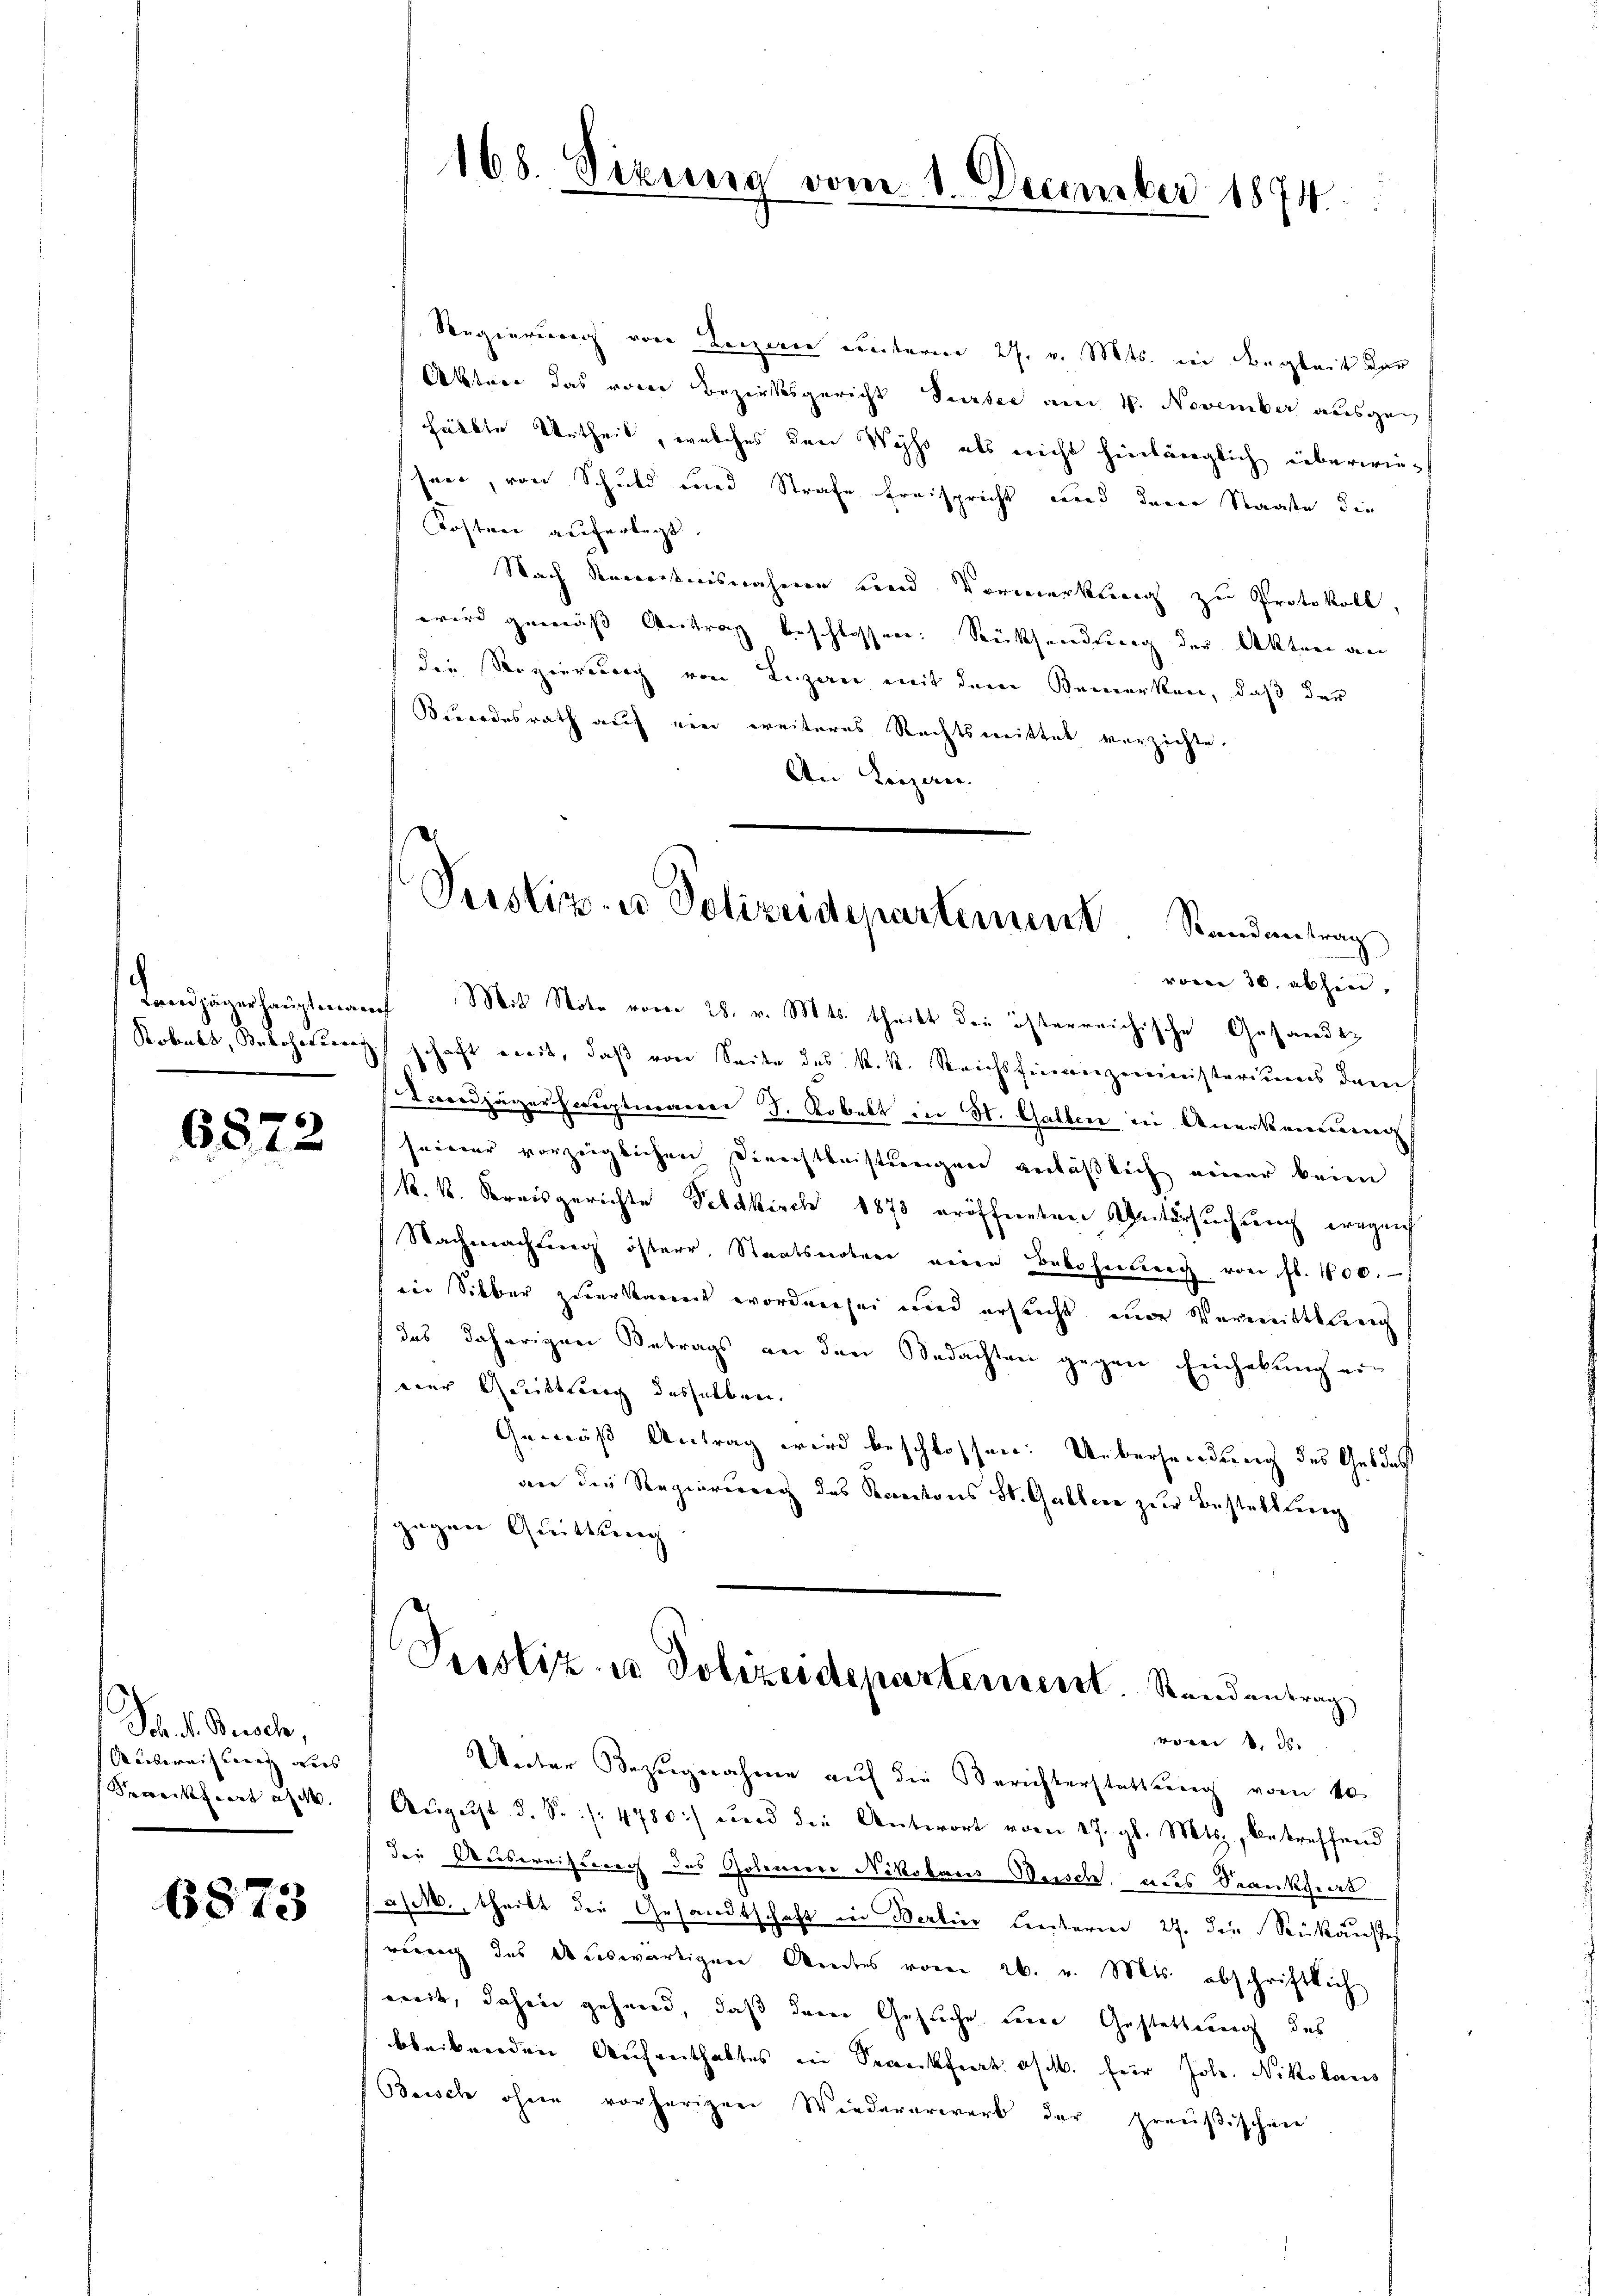
6872

Sch. d. Besche,
Ausweisung aus
Krankfurt a M.

6873

Regierung von Luzern unterm 27. v. Mts. in Begleit der
Aktner das vorer Bezirksgericht Sursee am 4. November ausgehälbte Urtheil, welches den Wechs als nicht hinlänglich überwieheer, von Schuld und Strafe Freispricht wird denen Staate die
Kosten auferlegt
Nach Secreckterisnähmen und Vormerkung zu Protokoll,
wird gemäß Antrag beschlossen: Rücksendung der Akten an
die Regierung von Luzern mit dem Bemerken, daß der
Bundesrath auf ein weiteres Rechtsmittel verzichte.
An Lizan.
vom 30. abhin,
Landjägerhauptmanch Mit Note vom 28. v. Mts. theilt die österreichische Gesandt¬
Robels, Belohnung schaft weit, daß von Seite des k.k. Reichsfinanzministeriums dem
Landjägerhauptmanni J. Kobelt in St. Gallen in Anerkennung
seiner vorzeiglichen Direchtleistungen geräßlich einer kein
k. k. Kreisgerichte Feldkisch 1873 eröffneten Untersuchung ergeich
Nachmachung österr. Staatsnotuer eine Belohnung von fl. 400.
in Silber zuerkannt worden sei und ersucht mir Vermittlung
das daherigen Betrags an den Bedachten gegen Einhebung ein
eier Quittung desselben.
Gemäß Antrag wird beschlossen: Uebersendung des Geldes
an die Regierung des Kantons St. Gallen zur Bestellung
gegen Quittung
Pesstiz- u Polizeidepartement Standentrag
vom 8. ds.
Unter Bezugnahme auf die Berichterstattung vom 10.
Aŭgŭst d. S. /: 4780) und die Antwort vom 17. gl. Mts., betreffend
die Ausweisung des Gobenen Nikolaus Wusch aus Krankheit
/M., theilt die Gesandtschaft in Berlier leiteren 27. die Reukaustel
rung des dauswärtigen Amtes vom 26. v. Mts. abschriftlich
weil, dahein gehend, daß deren Gesuche um Gestattung des
bleibenden Aufenthaltes in Seeckfrat off. für Jole. Nikolaus
Baisch ohnen vorherigen Wiedererwerb der preußischen

168. Sizung vom 1. December 1874.

Perstiz- u Polizeidepartement Randantrag